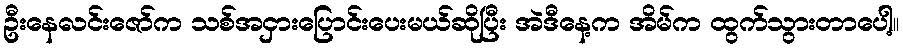
ဦးနေလင်းဇော်က သစ်အငှားပြောင်းပေးမယ်ဆိုပြီး အဲဒီနေ့က အိမ်က ထွက်သွားတာပေါ့။